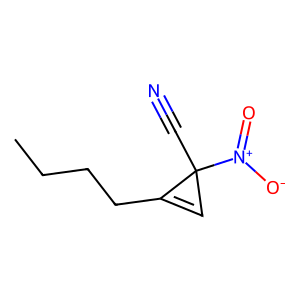
SMILES: CCCCC1=CC1(C#N)[N+](=O)[O-]
Inhibits HIV replication: No